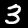
Digit: 3